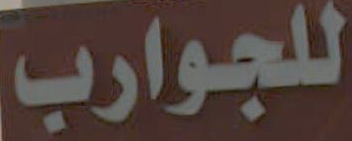
للجوارب